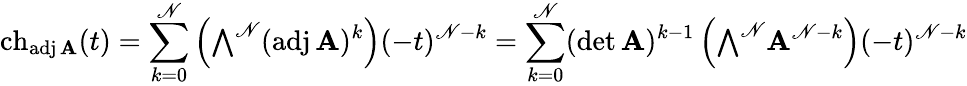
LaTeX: \operatorname{ch}_{\operatorname{adj}\mathbf{A}}(t)=\sum_{k=0}^{\mathscr{N}}\left({\textstyle\bigwedge}^{\mathscr{N}}(\operatorname{adj}\mathbf{A})^{k}\right)(-t)^{\mathscr{N}-k}=\sum_{k=0}^{\mathscr{N}}(\operatorname*{det}\mathbf{A})^{k-1}\left({\textstyle\bigwedge}^{\mathscr{N}}\mathbf{A}^{\mathscr{N}-k}\right)(-t)^{\mathscr{N}-k}